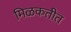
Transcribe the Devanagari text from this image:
मिळकतीत